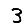
Digit: 3